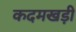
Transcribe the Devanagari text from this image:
कदमखड़ी